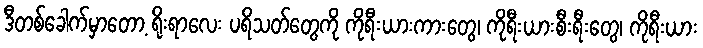
ဒီတစ်ခေါက်မှာတော့ ရိုးရာလေး ပရိသတ်တွေကို ကိုရီးယားကားတွေ၊ ကိုရီးယားစီးရီးတွေ၊ ကိုရီးယား